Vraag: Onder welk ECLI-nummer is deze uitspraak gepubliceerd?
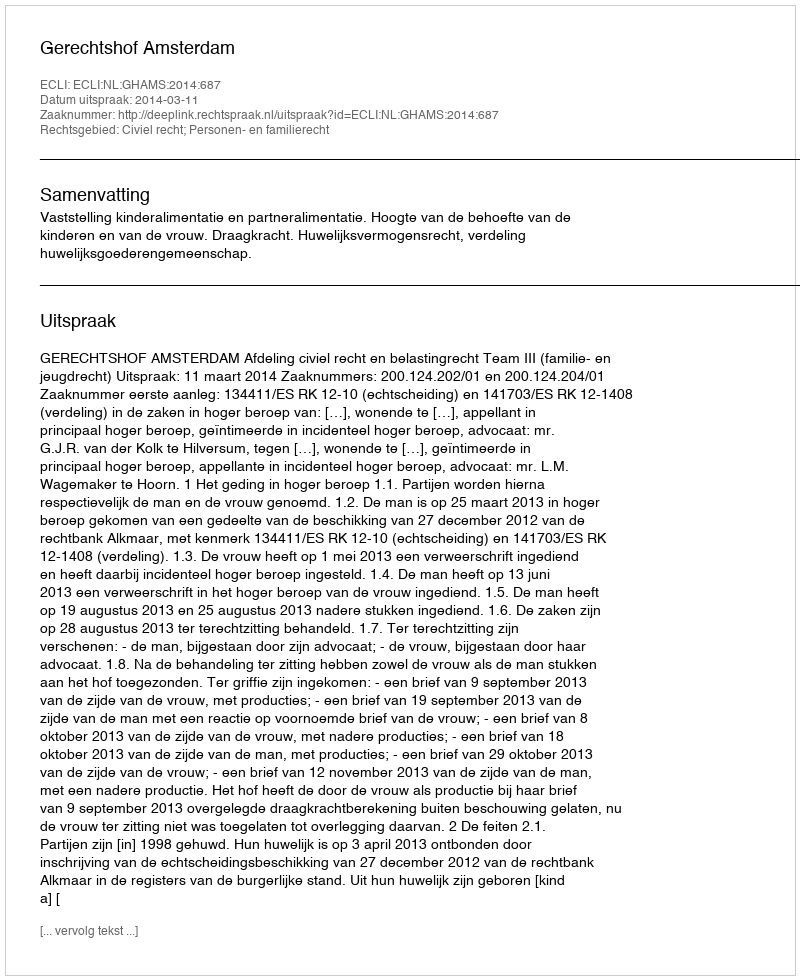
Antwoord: ECLI:NL:GHAMS:2014:687